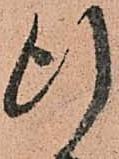
行